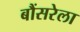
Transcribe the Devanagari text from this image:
बौंसरेला